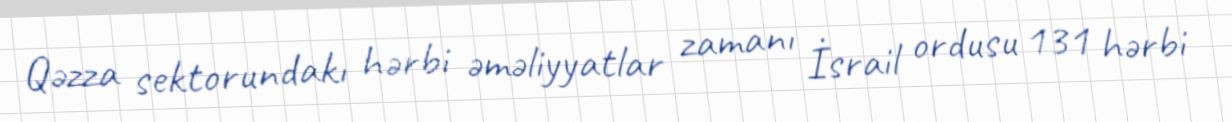
Qəzza sektorundakı hərbi əməliyyatlar zamanı İsrail ordusu 131 hərbi